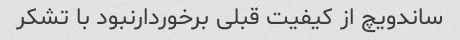
ساندویچ از کیفیت قبلی برخوردارنبود با تشکر